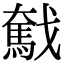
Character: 𢨗